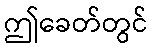
ဤခေတ်တွင်